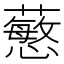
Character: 𧁋